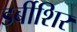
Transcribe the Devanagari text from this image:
डर्बीशिर